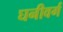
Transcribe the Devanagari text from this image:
घनीवर्ग